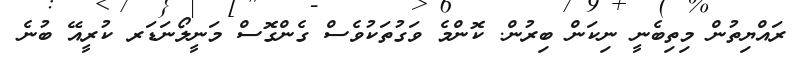
ރައްޔިތުން މިތިބެނީ ނިކަން ބިރުން. ކޮންމެ ވަގުތަކުވެސް ގެންގޮސް މަނީލޯނަޑަރ ކުރީއޭ ބުނެ